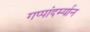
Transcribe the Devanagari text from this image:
गप्पांदर्म्यान